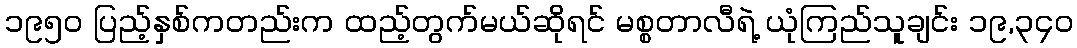
၁၉၅၀ ပြည့်နှစ်ကတည်းက ထည့်တွက်မယ်ဆိုရင် မစ္စတာလီရဲ့ ယုံကြည်သူချင်း ၁၉,၃၄၀